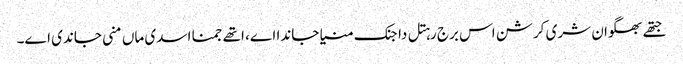
جتھے بھگوان شری کرشن اس برج رہتل دا جنک منیا جاندا اے، اتھے جمنا اسدی ماں منی جاندی اے۔